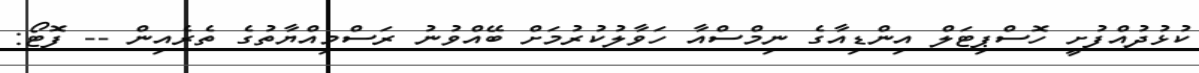
ކުޅުދުއްފުށީ ހޮސްޕިޓަލް އިންޑިއާގެ ނިމްސްއާ ހަވާލުކުރުމަށް ބޭއްވުނު ރަސްމިއްޔާތުގެ ތެރެއިން -- ފޮޓޯ: